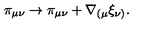
\pi _ { \mu \nu } \rightarrow \pi _ { \mu \nu } + \nabla _ { ( \mu } \xi _ { \nu ) } .